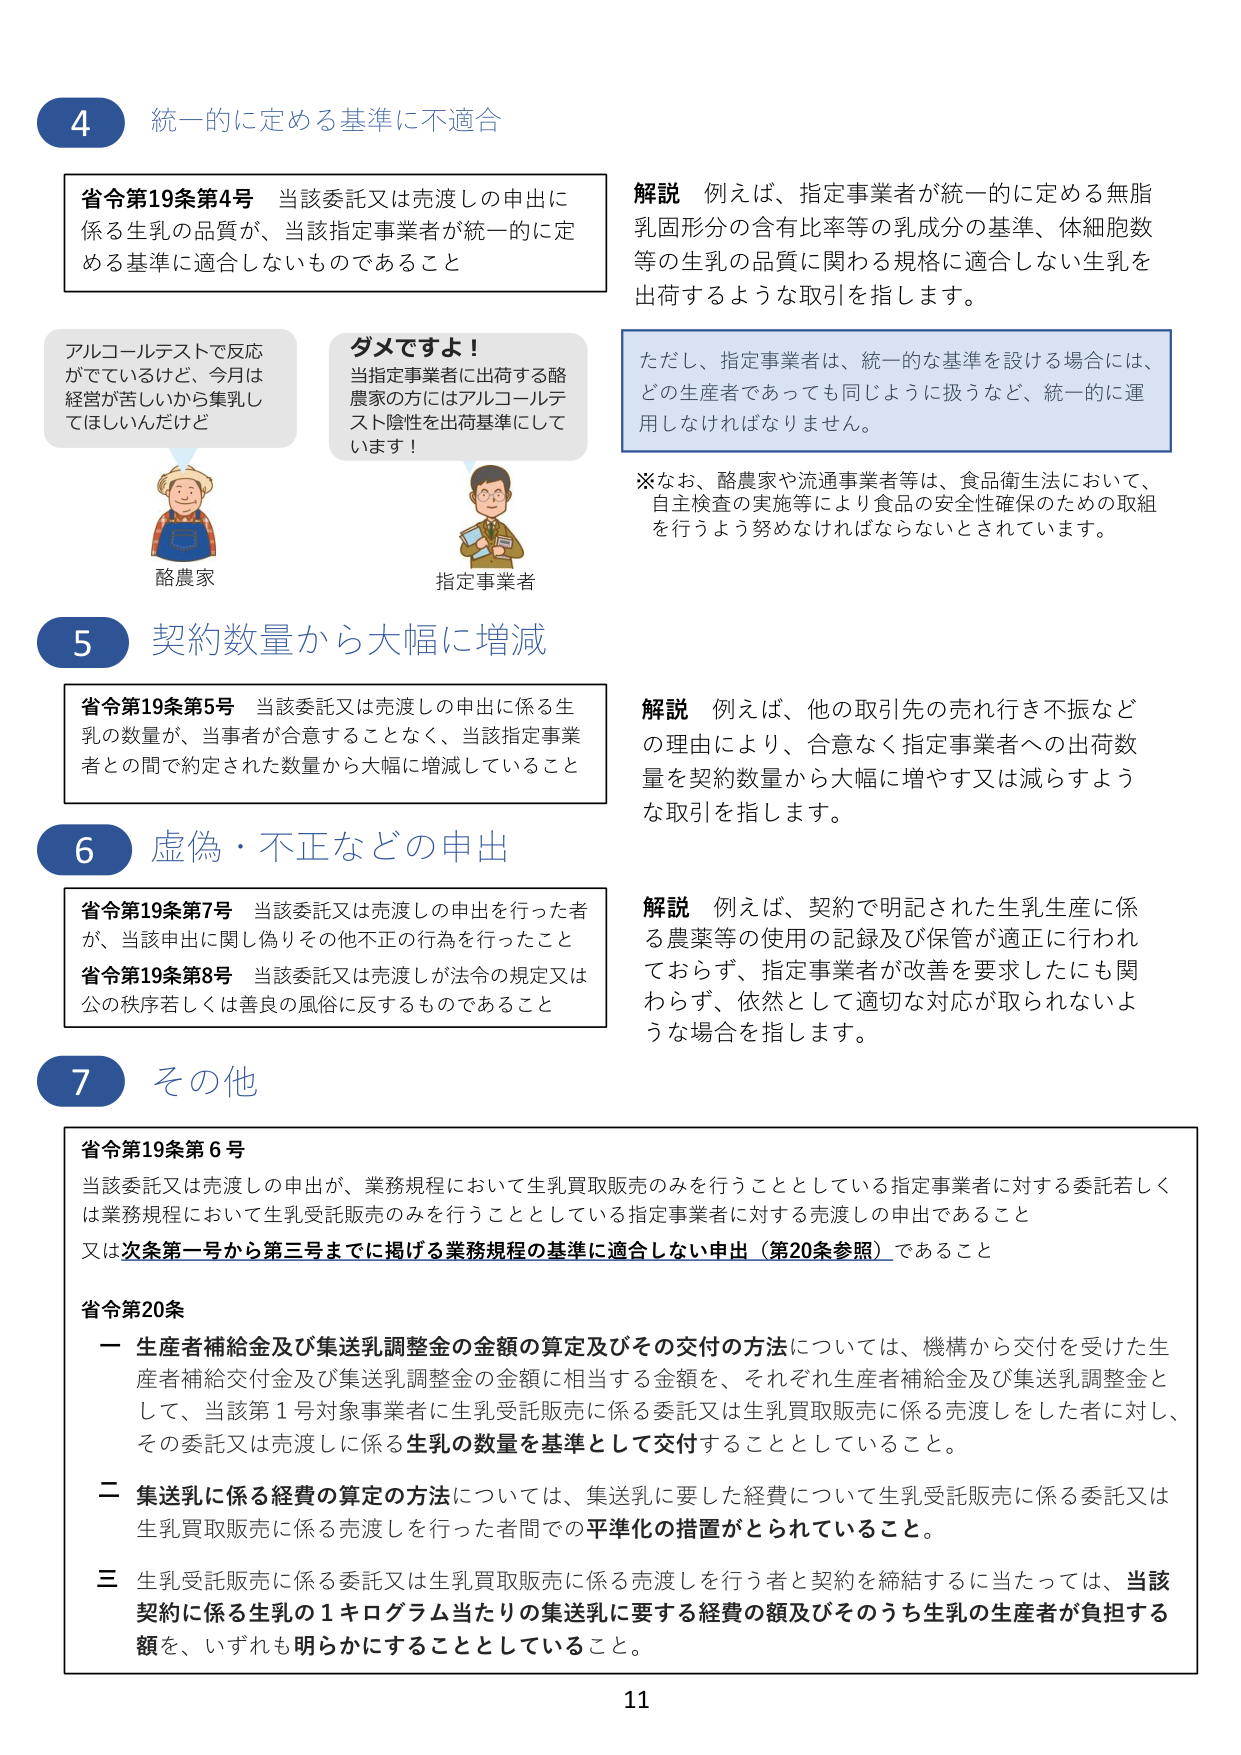
4 統一的に定める基準に不適合

省令第19条第4号 当該委託又は売渡しの申出に係る生乳の品質が、当該指定事業者が統一的に定める基準に適合しないものであること

解説 例えば、指定事業者が統一的に定める無脂乳固形分の含有比率等の乳成分の基準、体細胞数等の生乳の品質に関する規格に適合しない生乳を出荷するような取引を指します。

ただし、指定事業者は、統一的な基準を設ける場合には、どの生産者であっても同じように扱うなど、統一的に運用しなければなりません。

※なお、酪農家や流通事業者等は、食品衛生法において、自主検査の実施等により食品の安全性確保のための取組を行うよう努めなければならないとされています。

アルコールテストで反応がでているけど、今月は経営が苦しいから集乳してほしいんだけど

ダメですよ！
当指定事業者に出荷する酪農家の方にはアルコールテスト陰性を出荷基準にしています！

酪農家
指定事業者

5 契約数量から大幅に増減

省令第19条第5号 当該委託又は売渡しの申出に係る生乳の数量が、当事者が合意することなく、当該指定事業者との間で約定された数量から大幅に増減していること

解説 例えば、他の取引先の売れ行き不振などの理由により、合意なく指定事業者への出荷数量を契約数量から大幅に増やす又は減らすような取引を指します。

6 虚偽・不正などの申出

省令第19条第7号 当該委託又は売渡しの申出を行った者が、当該申出に関し偽りその他不正の行為を行ったこと
省令第19条第8号 当該委託又は売渡しが法令の規定又は公の秩序若しくは善良の風俗に反するものであること

解説 例えば、契約で明記された生乳生産に係る農薬等の使用の記録及び保管が適正に行われておらず、指定事業者が改善を要求したにも関わらず、依然として適切な対応が取られないような場合を指します。

7 その他

省令第19条第6号
当該委託又は売渡しの申出が、業務規程において生乳買取販売のみを行うこととしている指定事業者に対する委託若しくは業務規程において生乳受託販売のみを行うこととしている指定事業者に対する売渡しの申出であること
又は次条第一号から第三号までに掲げる業務規程の基準に適合しない申出（第20条参照）であること

省令第20条
一 生産者補給金及び集送乳調整金の金額の算定及びその交付の方法については、機構から交付を受けた生産者補給交付金及び集送乳調整金の金額に相当する金額を、それぞれ生産者補給金及び集送乳調整金として、当該第1号対象事業者に生乳受託販売に係る委託又は生乳買取販売に係る売渡しをした者に対し、その委託又は売渡しに係る生乳の数量を基準として交付することとしていること。
二 集送乳に係る経費の算定の方法については、集送乳に要した経費について生乳受託販売に係る委託又は生乳買取販売に係る売渡しを行った者間での平準化の措置がとられていること。
三 生乳受託販売に係る委託又は生乳買取販売に係る売渡しを行う者と契約を締結するに当たっては、当該契約に係る生乳の1キログラム当たりの集送乳に要する経費の額及びそのうち生乳の生産者が負担する額を、いずれも明らかにすることとしていること。

11